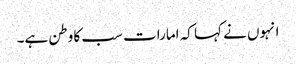
انہوں نے کہا کہ امارات سب کا وطن ہے۔